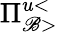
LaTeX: \Pi_{\mathscr{B}>}^{u<}